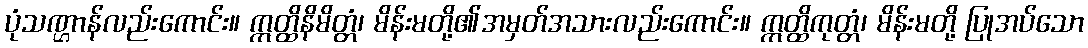
ပုံသဏ္ဌာန်လည်းကောင်း။ ဣတ္ထိနိမိတ္တံ၊ မိန်းမတို့၏အမှတ်အသားလည်းကောင်း။ ဣတ္ထိကုတ္တံ၊ မိန်းမတို့ ပြုအပ်သော